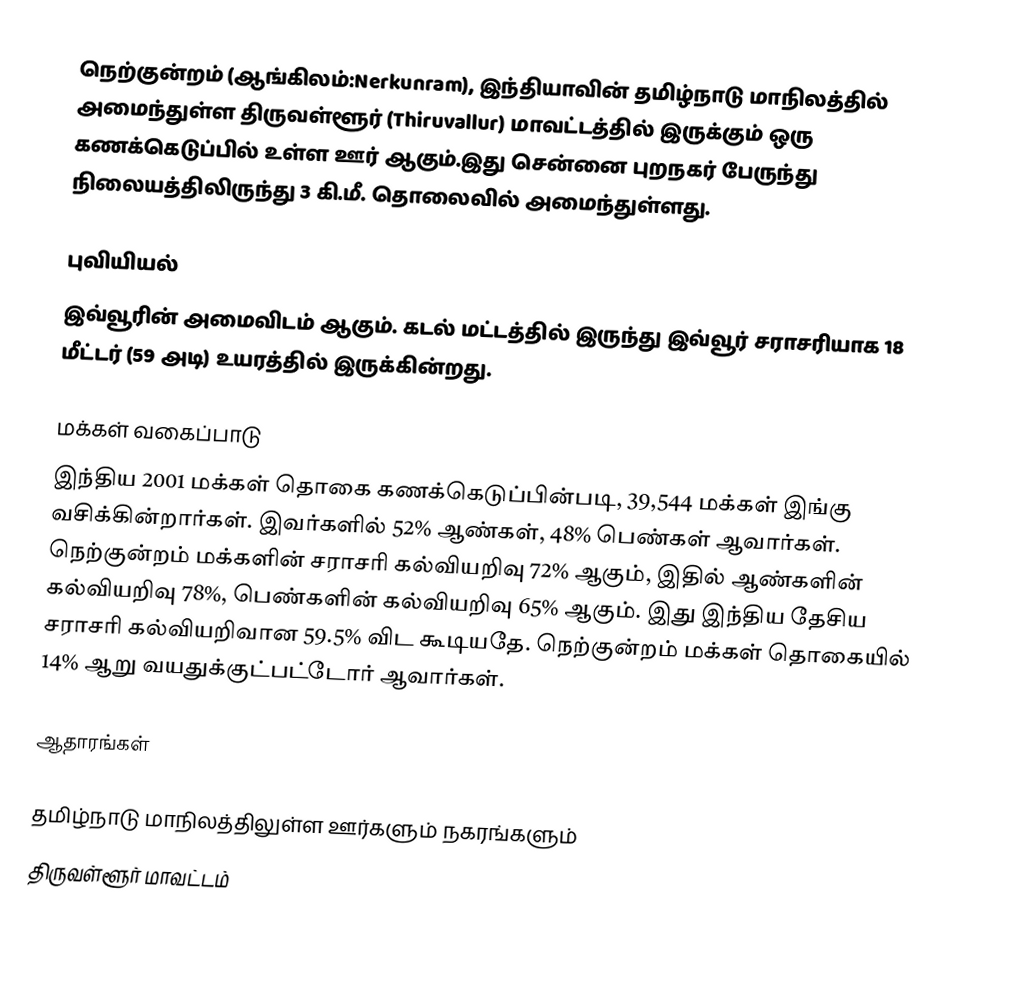
நெற்குன்றம் (ஆங்கிலம்:Nerkunram), இந்தியாவின் தமிழ்நாடு மாநிலத்தில் அமைந்துள்ள திருவள்ளூர் (Thiruvallur) மாவட்டத்தில் இருக்கும் ஒரு கணக்கெடுப்பில் உள்ள ஊர் ஆகும்.இது சென்னை புறநகர் பேருந்து நிலையத்திலிருந்து 3 கி.மீ. தொலைவில் அமைந்துள்ளது.

புவியியல்
இவ்வூரின் அமைவிடம்  ஆகும். கடல் மட்டத்தில் இருந்து இவ்வூர் சராசரியாக 18 மீட்டர் (59 அடி) உயரத்தில் இருக்கின்றது.

மக்கள் வகைப்பாடு
இந்திய 2001 மக்கள் தொகை கணக்கெடுப்பின்படி, 39,544 மக்கள் இங்கு வசிக்கின்றார்கள். இவர்களில் 52% ஆண்கள், 48% பெண்கள் ஆவார்கள். நெற்குன்றம் மக்களின் சராசரி கல்வியறிவு 72% ஆகும், இதில் ஆண்களின் கல்வியறிவு 78%, பெண்களின் கல்வியறிவு 65% ஆகும். இது இந்திய தேசிய சராசரி கல்வியறிவான 59.5% விட கூடியதே. நெற்குன்றம் மக்கள் தொகையில் 14% ஆறு வயதுக்குட்பட்டோர் ஆவார்கள்.

ஆதாரங்கள்

தமிழ்நாடு மாநிலத்திலுள்ள ஊர்களும் நகரங்களும்
திருவள்ளூர் மாவட்டம்